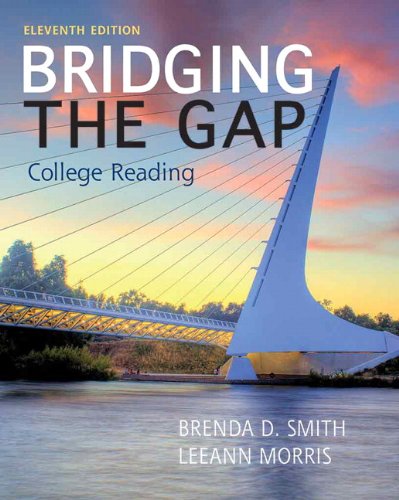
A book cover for Bridging the Gap (11th Edition); Brenda D. Smith; Reference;